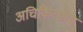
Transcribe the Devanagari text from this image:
अचिकित्सीय